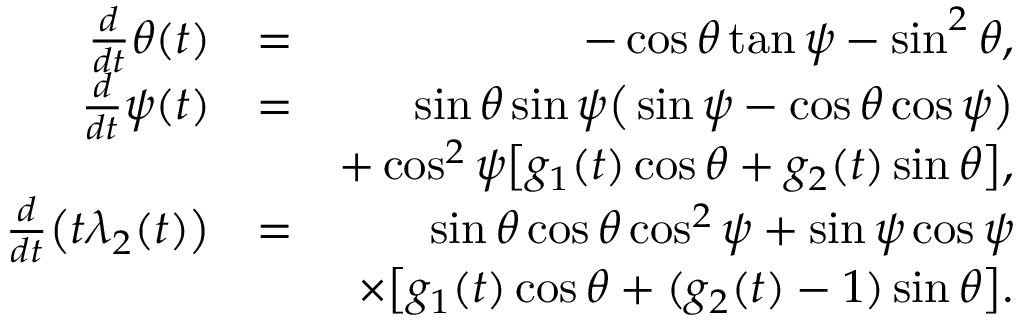
\begin{array} { r l r } { \frac { d } { d t } \theta ( t ) } & { = } & { - \cos { \theta } \tan { \psi } - \sin ^ { 2 } { \theta } , } \\ { \frac { d } { d t } \psi ( t ) } & { = } & { \sin { \theta } \sin { \psi } \big ( \sin { \psi } - \cos { \theta } \cos { \psi } \big ) } \\ & { } & { + \cos ^ { 2 } { \psi } \big [ g _ { 1 } ( t ) \cos { \theta } + g _ { 2 } ( t ) \sin { \theta } \big ] , } \\ { \frac { d } { d t } \big ( t \lambda _ { 2 } ( t ) \big ) } & { = } & { \sin { \theta } \cos { \theta } \cos ^ { 2 } { \psi } + \sin { \psi } \cos { \psi } } \\ & { } & { \times \big [ g _ { 1 } ( t ) \cos { \theta } + ( g _ { 2 } ( t ) - 1 ) \sin { \theta } \big ] . } \end{array}